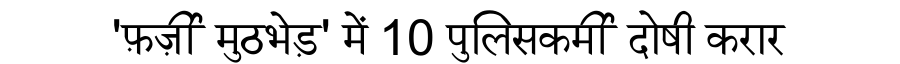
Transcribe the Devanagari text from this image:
'फ़र्ज़ी मुठभेड़' में 10 पुलिसकर्मी दोषी करार